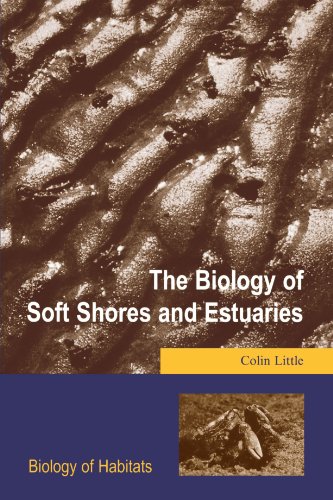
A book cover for The Biology of Soft Shores and Estuaries (Biology of Habitats Series); Colin Little; Science & Math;